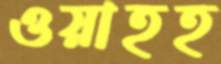
ওয়াহহ